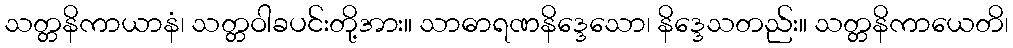
သတ္တနိကာယာနံ၊ သတ္တဝါခပင်းတို့အား။ သာဓာရဏနိဒ္ဒေသော၊ နိဒ္ဒေသတည်း။ သတ္တနိကာယေတိ၊